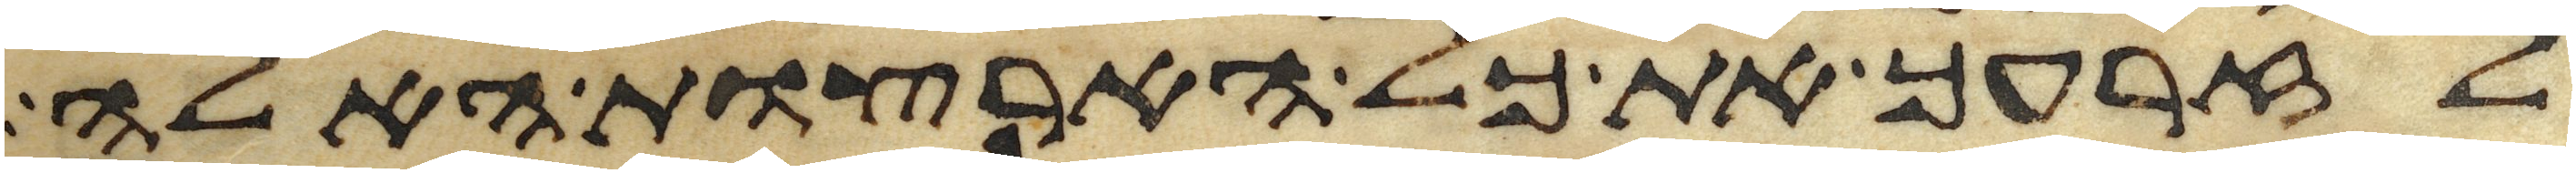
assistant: לזרעך את כל הארצות האלה